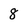
Character: 8